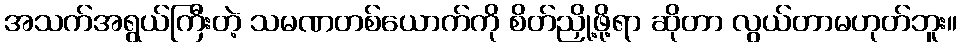
အသက်အရွယ်ကြီးတဲ့ သမဏတစ်ယောက်ကို စိတ်ညှို့ဖို့ရာ ဆိုတာ လွယ်တာမဟုတ်ဘူး။